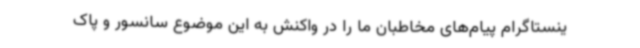
ینستاگرام پیام‌های مخاطبان ما را در واکنش به این موضوع سانسور و پاک